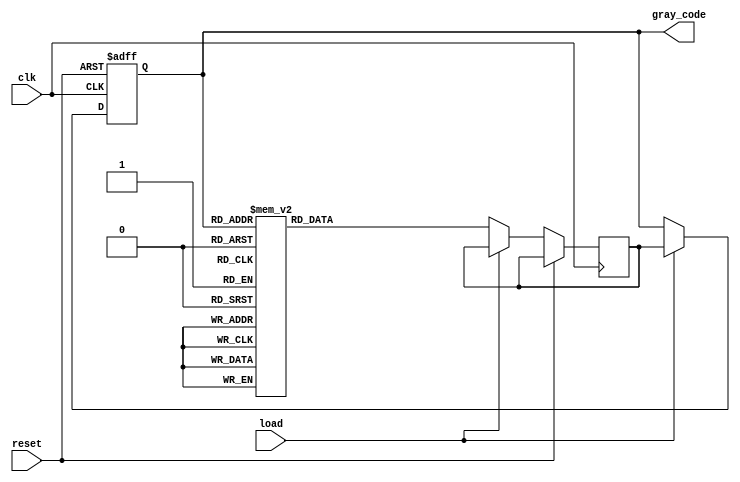
module gray_counter (
    input wire clk,
    input wire reset,
    input wire load,
    output reg [3:0] gray_code
);

reg [3:0] next_gray_code;
reg [3:0] current_gray_code;

always @ (posedge clk or posedge reset) begin
    if (reset) begin
        current_gray_code <= 4'b0000;
    end else if (load) begin
        current_gray_code <= next_gray_code;
    end else begin
        case(current_gray_code)
            4'b0000: next_gray_code <= 4'b0001;
            4'b0001: next_gray_code <= 4'b0011;
            4'b0011: next_gray_code <= 4'b0010;
            4'b0010: next_gray_code <= 4'b0110;
            4'b0110: next_gray_code <= 4'b0111;
            4'b0111: next_gray_code <= 4'b0101;
            4'b0101: next_gray_code <= 4'b0100;
            4'b0100: next_gray_code <= 4'b1100;
            4'b1100: next_gray_code <= 4'b1101;
            4'b1101: next_gray_code <= 4'b1111;
            4'b1111: next_gray_code <= 4'b1110;
            default: next_gray_code <= 4'b0000;
        endcase
    end
end

assign gray_code = current_gray_code;

endmodule